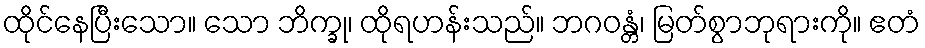
ထိုင်နေပြီးသော။ သော ဘိက္ခု၊ ထိုရဟန်းသည်။ ဘဂဝန္တံ၊ မြတ်စွာဘုရားကို။ ဧတံ